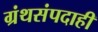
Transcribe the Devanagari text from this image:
ग्रंथसंपदाही